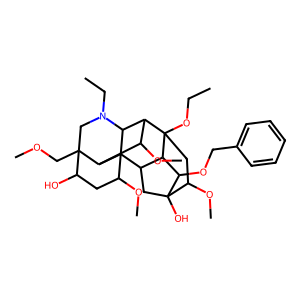
SMILES: CCOC12CC(OC)C3(O)CC(C1C3OCc1ccccc1)C13C(OC)CC(O)C4(COC)CN(CC)C1C2C(OC)C43
Inhibits HIV replication: Yes